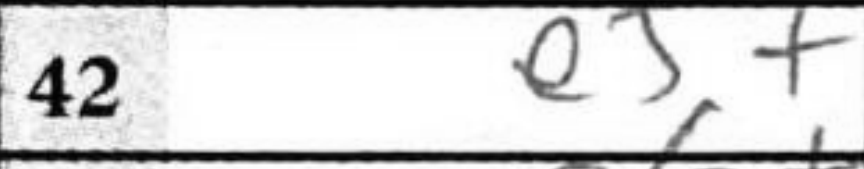
Transcription: e5+